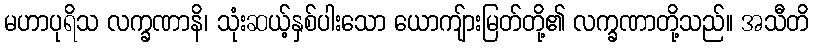
မဟာပုရိသ လက္ခဏာနိ၊ သုံးဆယ့်နှစ်ပါးသော ယောကျ်ားမြတ်တို့၏ လက္ခဏာတို့သည်။ အသီတိ